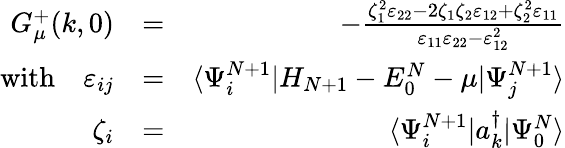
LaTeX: \begin{array}{rlr}{G_{\mu}^{+}(k,0)}&{=}&{-\frac{\zeta_{1}^{2}\varepsilon_{22}-2\zeta_{1}\zeta_{2}\varepsilon_{12}+\zeta_{2}^{2}\varepsilon_{11}}{\varepsilon_{11}\varepsilon_{22}-\varepsilon_{12}^{2}}}\\ {\mathrm{with}\quad\varepsilon_{ij}}&{=}&{\langle\Psi_{i}^{N+1}|H_{N+1}-E_{0}^{N}-\mu|\Psi_{j}^{N+1}\rangle}\\ {\zeta_{i}}&{=}&{\langle\Psi_{i}^{N+1}|a_{k}^{\dagger}|\Psi_{0}^{N}\rangle}\end{array}